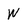
Character: W